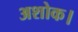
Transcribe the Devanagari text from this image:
अशोक।